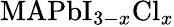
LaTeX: \textrm{MAPbI}_{3-x}\textrm{Cl}_{x}